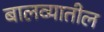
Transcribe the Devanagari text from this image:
बालव्यातील